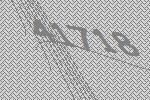
41718